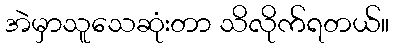
အဲမှာသူသေဆုံးတာ သိလိုက်ရတယ်။